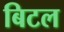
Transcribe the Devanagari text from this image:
बिटल